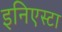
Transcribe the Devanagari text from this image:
इनिएस्टा